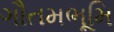
ગૌતમભૂમિ